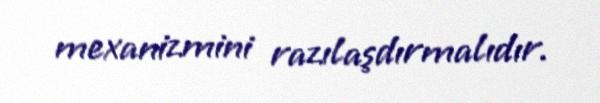
mexanizmini razılaşdırmalıdır.